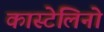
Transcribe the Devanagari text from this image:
कास्टेलिनो